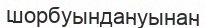
шорбуындануынан